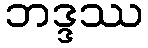
ဘဒ္ဒဿ